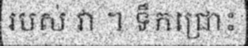
របស់ វា ។ ទឹកជ្រោះ